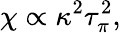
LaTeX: \chi\propto\kappa^{2}\tau_{\pi}^{2},